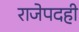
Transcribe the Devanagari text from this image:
राजेपदही